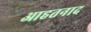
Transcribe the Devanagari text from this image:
आहतनाद